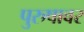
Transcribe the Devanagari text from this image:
पुरुषावर